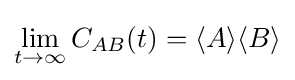
\lim _{t\to \infty }C_{AB}(t)=\langle A\rangle \langle B\rangle